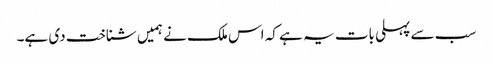
سب سے پہلی بات یہ ہے کہ اس ملک نے ہمیں شناخت دی ہے۔